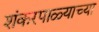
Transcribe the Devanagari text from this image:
शंकरपाळ्याच्या